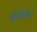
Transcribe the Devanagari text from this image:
लाहोराचा